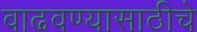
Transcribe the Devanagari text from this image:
वाढवण्यासाठीचे